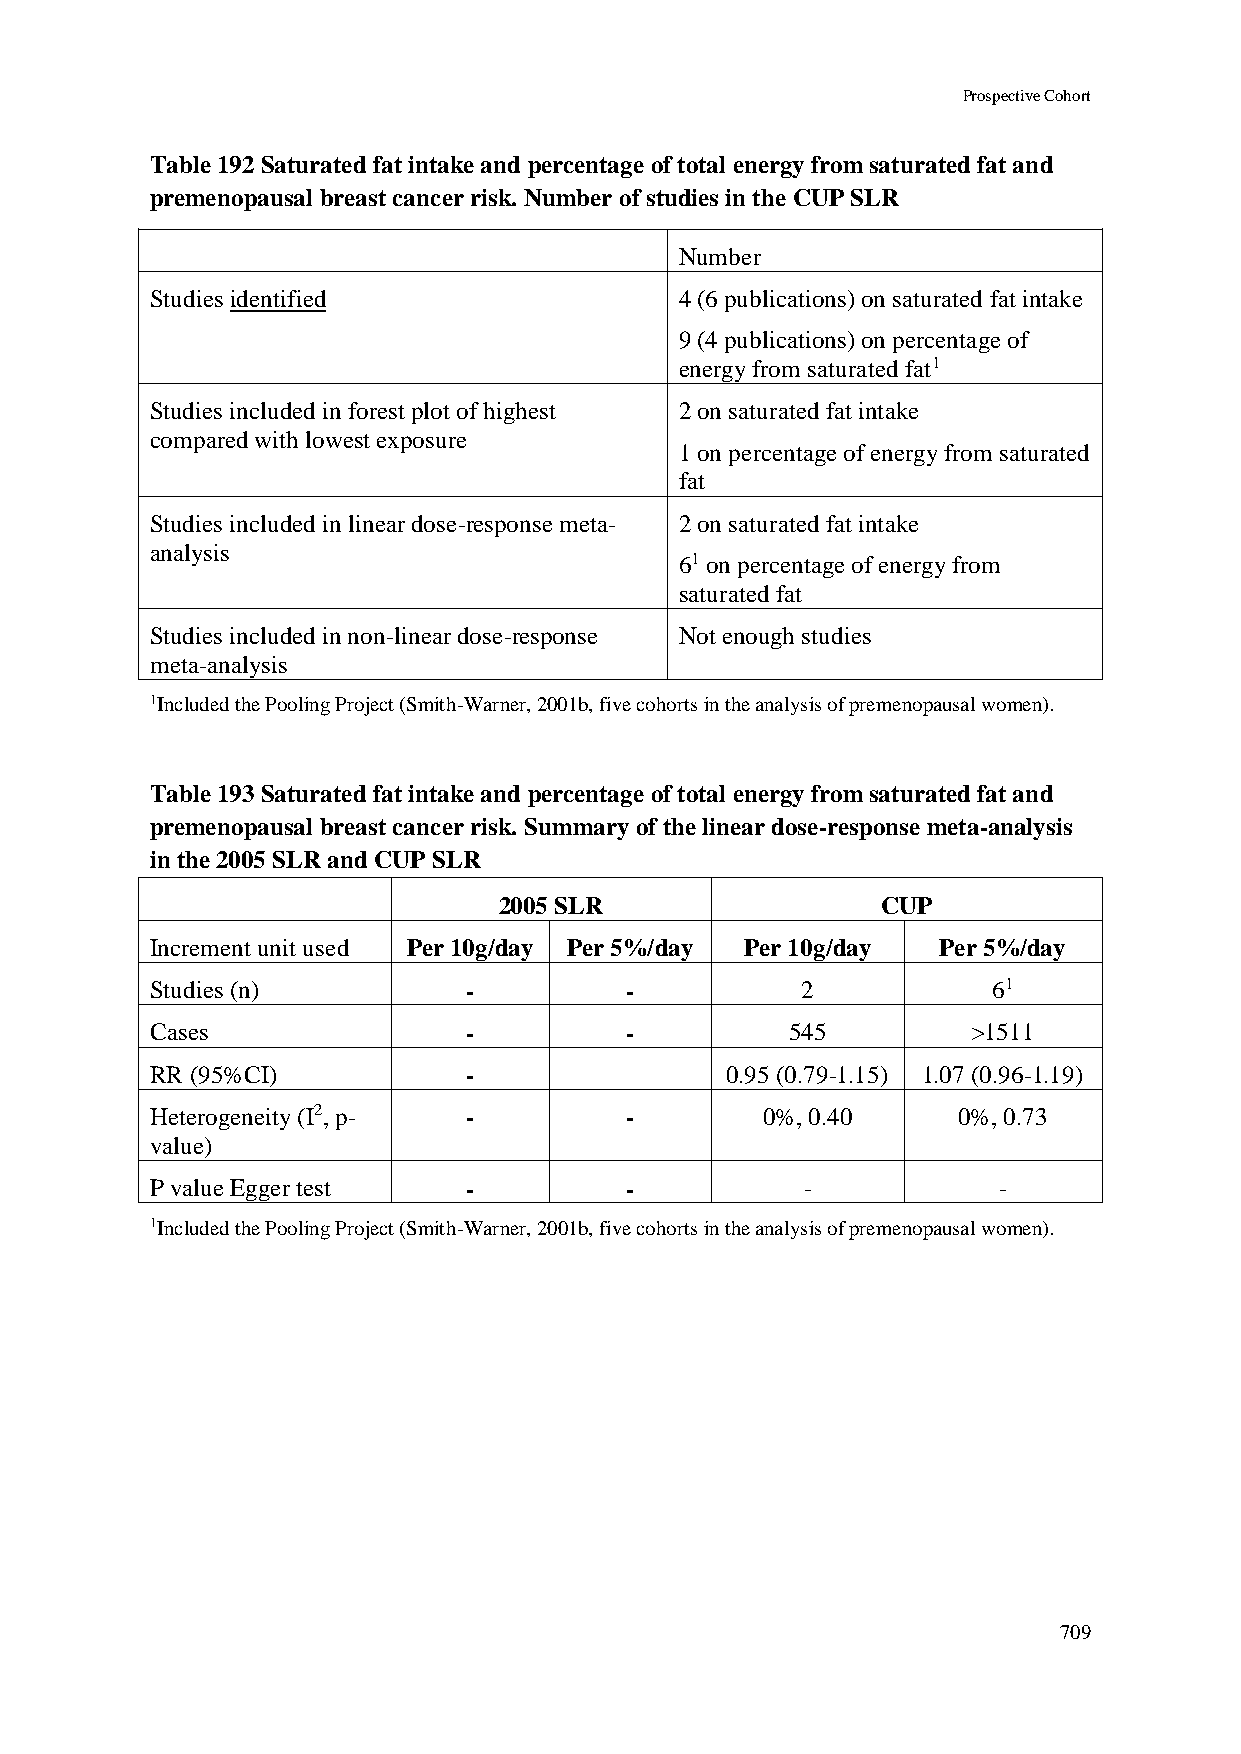
Prospective Cohort
 Table 192 Saturated fat intake and percentage of total energy from saturated fat and
 premenopausal breast cancer risk. Number of studies in the CUP SLR
 Number
 Studies identified                 4 (6 publications) on saturated fat intake
 9 (4 publications) on percentage of
 energy from saturated fat1
 Studies included in forest plot of highest 2 on saturated fat intake
 compared with lowest exposure
 1 on percentage of energy from saturated
 fat
 Studies included in linear dose-response meta- 2 on saturated fat intake
 analysis
 61 on percentage of energy from
 saturated fat
 Studies included in non-linear dose-response Not enough studies
 meta-analysis
 1Included the Pooling Project (Smith-Warner, 2001b, five cohorts in the analysis of premenopausal women).
 Table 193 Saturated fat intake and percentage of total energy from saturated fat and
 premenopausal breast cancer risk. Summary of the linear dose-response meta-analysis
 in the 2005 SLR and CUP SLR
 2005 SLR                 CUP
 Increment unit used Per 10g/day Per 5%/day Per 10g/day Per 5%/day
 Studies (n)          -         -           2            61
 Cases                -         -          545         >1511
 RR (95%CI)           -                0.95 (0.79-1.15) 1.07 (0.96-1.19)
 Heterogeneity (I2, p- -        -         0%, 0.40    0%, 0.73
 value)
 P value Egger test   -         -           -            -
 1Included the Pooling Project (Smith-Warner, 2001b, five cohorts in the analysis of premenopausal women).
 709